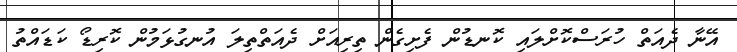
އޭނާ ދެއަތް ހުރަސްކޮށްލައި ކޮނޑުން ފެށިގެން ތިރިއަށް ދެއަތްތިލަ އުނގުޅަމުން ކޮރިޑޯ ކަޑައްތު